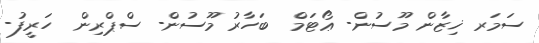
ސަމަރ ޚިޒާން މޫސުން- ޢޯޓަމް  ބަހާރު މޫސުން- ސްޕްރިން  ހަރީފު-